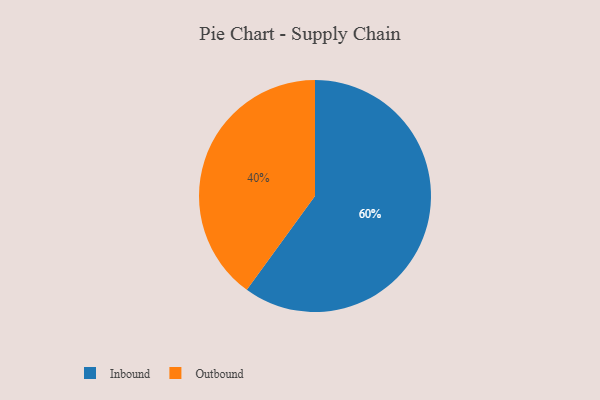
{"axis": {"x": "Category", "y": "Percentage"}, "legend": ["Inbound", "Outbound"], "data": [{"x": "Inbound", "y": 60, "type": "Inbound"}, {"x": "Outbound", "y": 40, "type": "Outbound"}]}